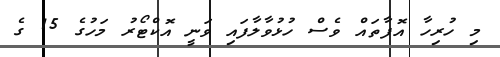
މި ހުރިހާ އޮފާތައް ވެސް ހުޅުވާލާފައި ވަނީ އޮކްޓޯރު މަހުގެ 15 ގެ